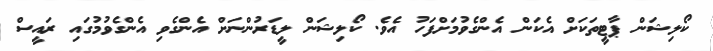
ކޯލިޝަން ޕާޓީތަކަށް އެކަން އެންގެވުމަށްފަހު އެވެ. ކޯލިޝަން ލީޑަރުންނަށް އެންގެވި އެންގެވުމުގައި ރައީސް